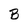
Character: B